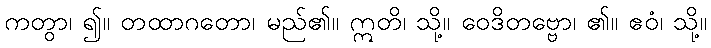
ကတွာ၊ ၍။ တထာဂတော၊ မည်၏။ ဣတိ၊ သို့။ ဝေဒိတဗ္ဗော၊ ၏။ ဧဝံ၊ သို့။